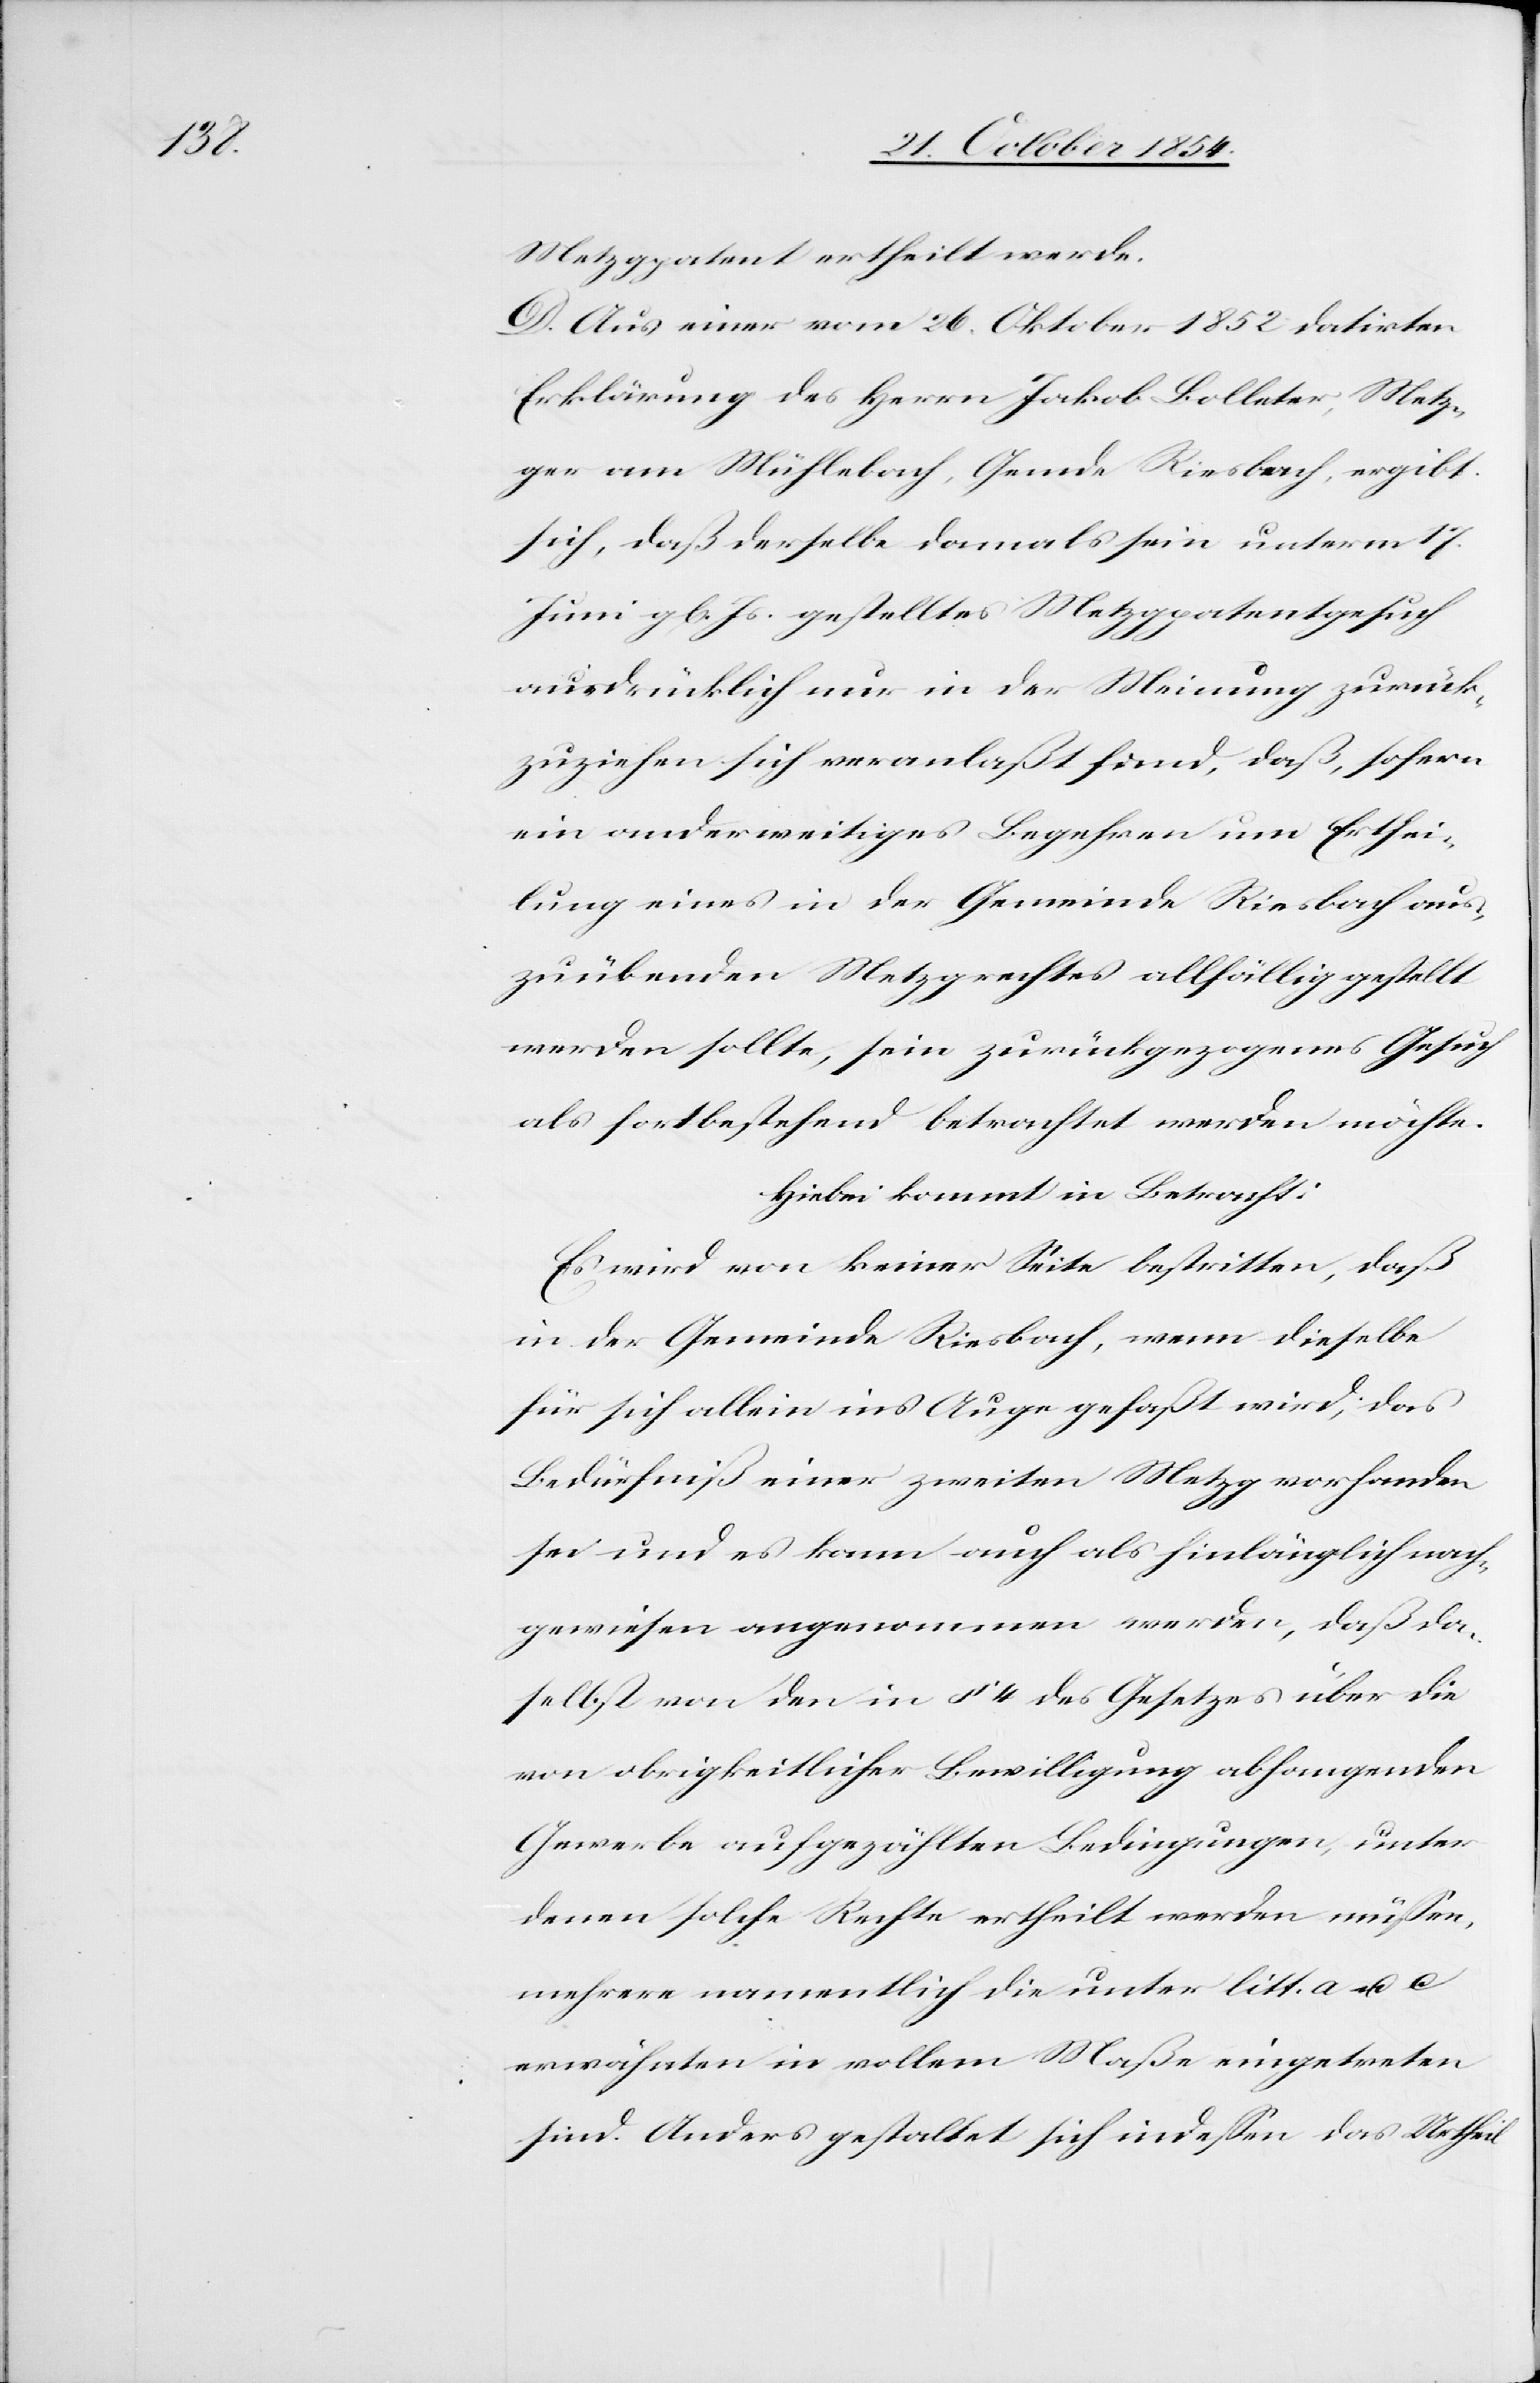
Metzgrecht ertheilt werde.
D. Aus einer vom 26. Oktober 1852 datirten
Erklärung des Herrn Jakob Bolleter, Metz¬
ger von Mühlebach, Gemde Riesbach, ergibt
sich, daß derselbe damals sein unterm 17.
Juni gl. Js. gestelltes Metzpatentgesuch
ausdrücklich nur in der Meinung zurück¬
zuziehen sich veranlaßt fimd [recte: finde], daß, sofern
ein anderweitiges Begehren um Erthei¬
lung eines in der Gemeinde Riesbach aus¬
zuübenden Metzgrechtes allfällig gestellt
werden sollte, sein zurückgezogenes Gesuch
als fortbestehend betrachtet werden möchte.
Hiebei kommt in Betracht:
Es wird von keiner Seite bestritten, daß
in der Gemeinde Riesbach, wenn dieselbe
für sich allein ins Auge gefaßt wird, das
Bedürfniß einer zweiten Metzg vorahnden
sei und es kann auch als hinlänglich nach¬
gewiesen angenommen werden, daß da¬
selbst von den in § 4 des Gesetzes über die
von obrigkeitlicher Bewilligung abhangenden
Gewerbe aufgezählten Bedingungen, unter
denen solche Rechte ertheilt werden müßen,
mehrere namentlich die unter litt. a. u. c
erwähnten in vollem Maße eingetreten
sind. Anders gestaltet sich indeßen das Urtheil